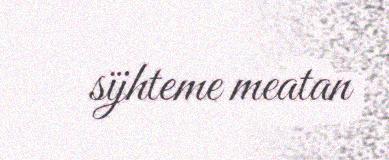
sïjhteme meatan